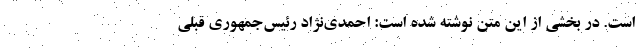
است. در بخشی از این متن نوشته شده است: احمدی‌نژاد رئیس‌جمهوری قبلی